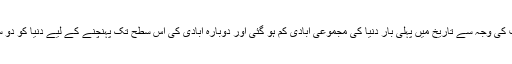
اس وبا کے اثرات کی وجہ سے تاریخ میں پہلی بار دنیا کی مجموعی آبادی کم ہو گئی اور دوبارہ آبادی کی اس سطح تک پہنچنے کے لیے دنیا کو دو سو سال لگ گئے۔